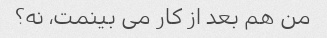
من هم بعد از کار می بینمت، نه؟